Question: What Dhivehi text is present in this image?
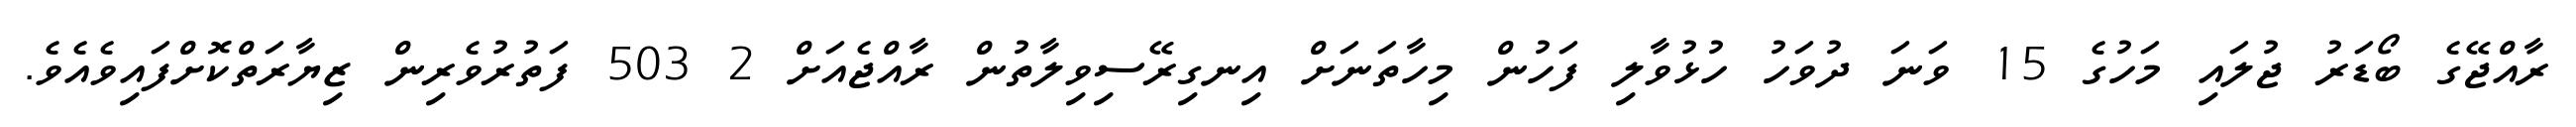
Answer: ރާއްޖޭގެ ބޯޑަރު ޖުލައި މަހުގެ 15 ވަނަ ދުވަހު ހުޅުވާލި ފަހުން މިހާތަނަށް އިނގިރޭސިވިލާތުން ރާއްޖެއަށް 2 503 ފަތުރުވެރިން ޒިޔާރަތްކޮށްފައިވެއެވެ.